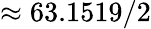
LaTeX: \approx 63.1519/2